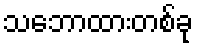
သဘောထားတစ်ခု